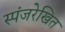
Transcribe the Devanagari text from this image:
स्पंजरेखित